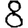
Digit: 8